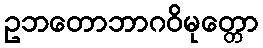
ဥဘတောဘာဂဝိမုတ္တော